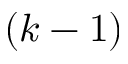
( k - 1 )